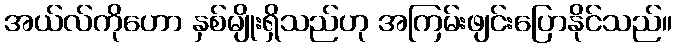
အယ်လ်ကိုဟော နှစ်မျိုးရှိသည်ဟု အကြမ်းဖျင်းပြောနိုင်သည်။